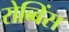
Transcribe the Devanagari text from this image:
रोब्बिंस